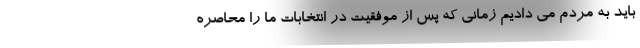
باید به مردم می دادیم زمانی که پس از موفقیت در انتخابات ما را محاصره